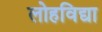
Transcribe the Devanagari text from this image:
लोहविद्या